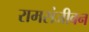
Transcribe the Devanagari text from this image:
रामसंजीवन